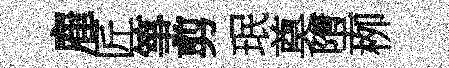
雇匠箏剪珉奠墮栁